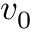
v _ { 0 }